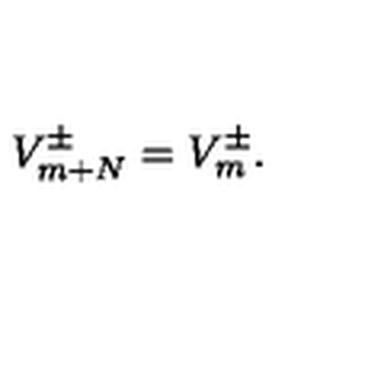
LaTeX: V _ { m + N } ^ { \pm } = V _ { m } ^ { \pm } .